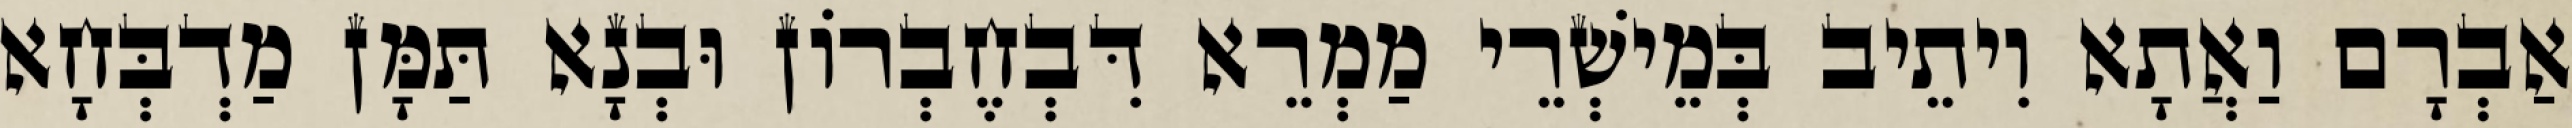
אַבְרָם וַאֲתָא וִיתֵיב בְּמֵישְׁרֵי מַמְרֵא דִּבְחֶבְרוֹן וּבְנָא תַּמָּן מַדְבְּחָא